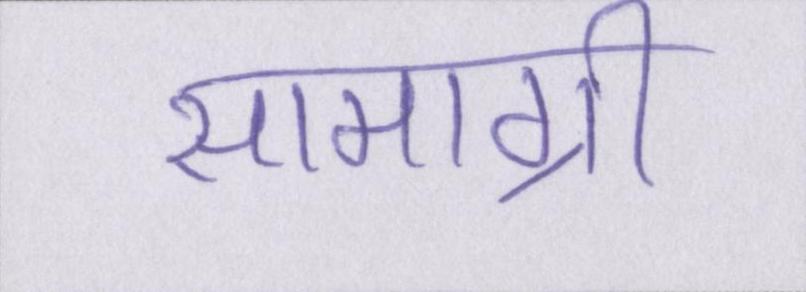
सामाग्री